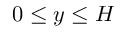
0 \le y \le H